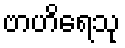
ဗာဟိရေသု